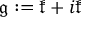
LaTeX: { \mathfrak { g } } : = { \mathfrak { k } } + i { \mathfrak { k } }